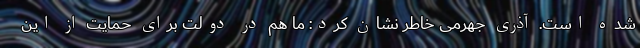
شده است. آذری جهرمی خاطر نشان کرد: ما هم در دولت برای حمایت از این